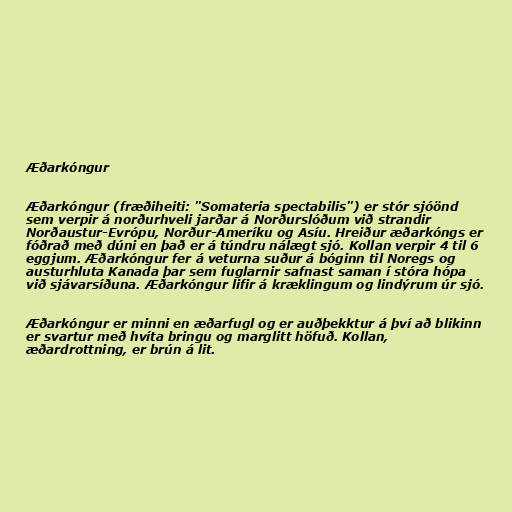
Æðarkóngur

Æðarkóngur (fræðiheiti: "Somateria spectabilis") er stór sjóönd
sem verpir á norðurhveli jarðar á Norðurslóðum við strandir
Norðaustur-Evrópu, Norður-Ameríku og Asíu. Hreiður æðarkóngs er
fóðrað með dúni en það er á túndru nálægt sjó. Kollan verpir 4 til 6
eggjum. Æðarkóngur fer á veturna suður á bóginn til Noregs og
austurhluta Kanada þar sem fuglarnir safnast saman í stóra hópa
við sjávarsíðuna. Æðarkóngur lifir á kræklingum og lindýrum úr sjó.

Æðarkóngur er minni en æðarfugl og er auðþekktur á því að blikinn
er svartur með hvíta bringu og marglitt höfuð. Kollan,
æðardrottning, er brún á lit.